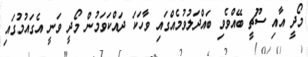
މޯދީ އާއި ސޫޗީ ބޭއްވެވި ބައްދަލުވުމެއްގައި ވާހަކަ ދައްކަވަމުން މޯދީ ވަނީ އެގައުމުގައި